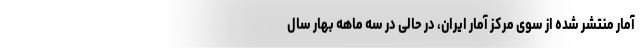
آمار منتشر شده از سوی مرکز آمار ایران، در حالی در سه ماهه بهار سال